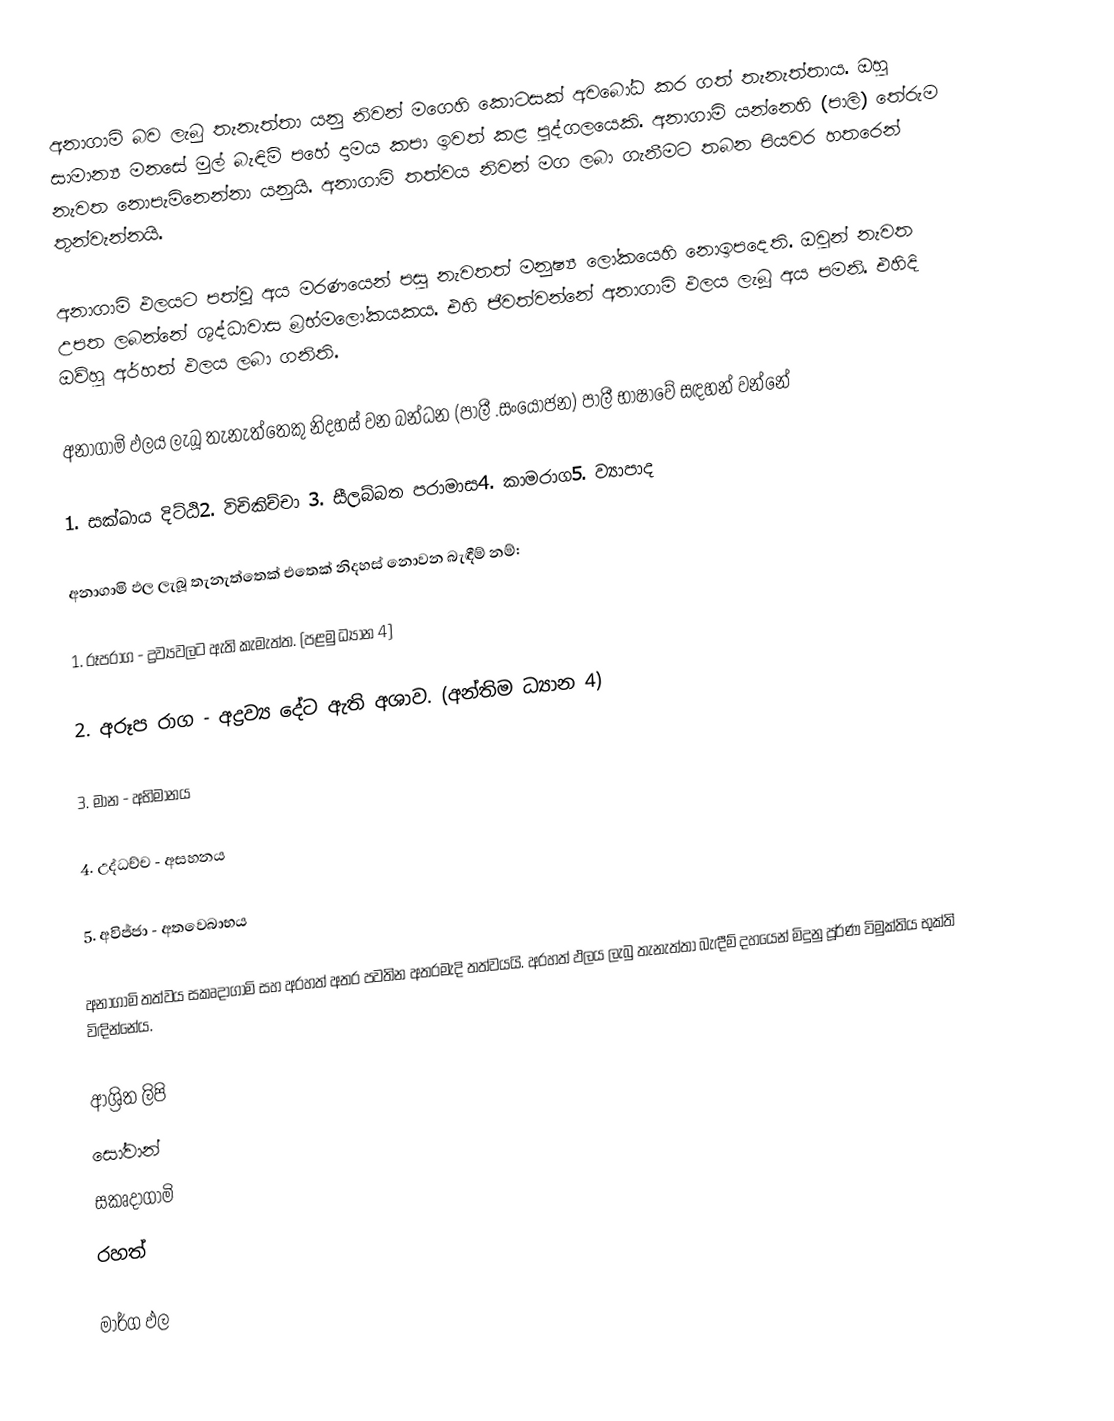
අනාගාමි  බව ලැබු තැනැත්තා යනු නිවන් මගෙහි කොටසක් අවබෝධ කර ගත් තැනැත්තාය. ඔහු සාමාන්‍ය මනසේ මුල් බැඳිම් පහේ දාමය කපා ඉවත් කළ පුද්ගලයෙකි. අනාගාමි යන්නෙහි (පාලි) තේරුම නැවත නොපැමිනෙන්නා යනුයි. අනාගාමි තත්වය නිවන් මග ලබා ගැනීමට තබන පියවර හතරෙන් තුන්වැන්නයි.

අනාගාමි ඵලයට පත්වූ අය මරණයෙන් පසු නැවතත් මනුෂ්‍ය ලෝකයෙහි නොඉපදෙති. ඔවුන් නැවත උපත ලබන්නේ ශුද්ධාවාස බ්‍රභ්මලෝකයකය. එහි ජීවත්වන්නේ අනාගාමි ඵලය ලැබූ අය පමනි. එහිදි ඔව්හු අර්හත් ඵලය ලබා ගනිති.

අනාගාමි ඵලය ලැබූ තැනැත්තෙකු නිදහස් වන බන්ධන (පාලී .සංයෝජන) පාලී භාෂාවේ සඳහන් වන්නේ

1. සක්ඛාය දිට්ඨි2. විචිකිච්චා 3. සීලබ්බත පරාමාස4. කාමරාග5. ව්‍යාපාද

අනාගාමි ඵල ලැබූ තැනැත්තෙක් එතෙක් නිදහස් නොවන බැඳීම් නම්:

1. රූපරාග	-	ද්‍රව්‍යවලට ඇති කැමැත්ත. (පළමු ධ්‍යාන 4)

2. අරූප රාග	-	අද්‍රව්‍ය දේට ඇති අශාව. (අන්තිම ධ්‍යාන 4)

3. මාන	-	අභිමානය

4. උද්ධච්ච	-	අසහනය

5. අවිජ්ජා	-	අතවෙබාභය

	අනාගාමි තත්වය සකෘදාගාමි සහ අරහත් අතර පවතින අතරමැදි තත්වයයි. අරහත් ඵලය ලැබු තැනැත්තා බැඳීම් දහයෙන් මිදුනු පූර්ණ විමුක්තිය භුක්ති විඳින්නේය.

ආශ්‍රිත ලිපි
 සෝවාන්
 සකෘදාගාමි
 රහත්

මාර්ග ඵල